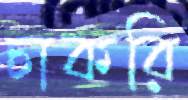
চাকরি